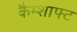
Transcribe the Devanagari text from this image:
कैम्शाफ्ट